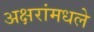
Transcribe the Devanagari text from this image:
अक्षरांमधले